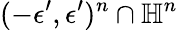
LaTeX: (-\epsilon^{\prime},\epsilon^{\prime})^{n}\cap\mathbb{H}^{n}